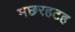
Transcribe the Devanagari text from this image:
मछरहटह